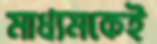
মাধ্যমকেই